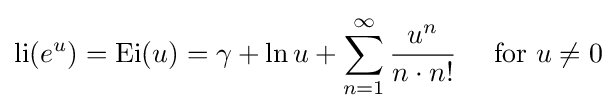
\operatorname {li} (e^{u})={\hbox{Ei}}(u)=\gamma +\ln u+\sum _{n=1}^{\infty }{u^{n} \over n\cdot n!}\quad {\text{ for }}u\neq 0